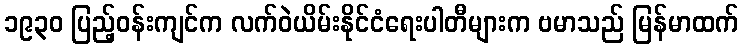
၁၉၃၀ ပြည့်ဝန်းကျင်က လက်ဝဲယိမ်းနိုင်ငံရေးပါတီများက ဗမာသည် မြန်မာထက်